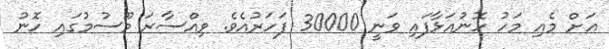
އަށް މެއި މަހު ހޮނުއަޅާފައި ވަނީ 30000 ފަހަރުއެވެ. ވިއްސާރަ މޫސުމުގައި ހޮނު